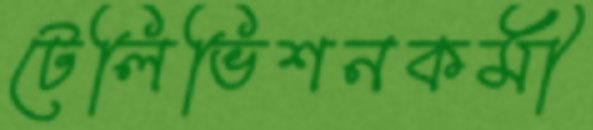
টেলিভিশনকর্মী